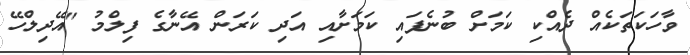
ވާހަކަތަކެއް ދެއްކި ކަމަށް ބުނެފައި ކަމަށާއި އަދި ކަރަން އޭނާގެ ފިލްމު "އޭދިލްހޭ